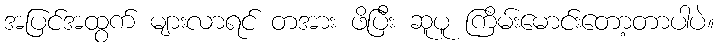
အပြင်အထွက် များလာရင် တအား ဖိပြီး ဆူပူ ကြိမ်းမောင်းတော့တာပါပဲ။